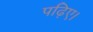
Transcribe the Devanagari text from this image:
पढ़िए।